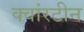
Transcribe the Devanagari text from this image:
क्वांरटीन